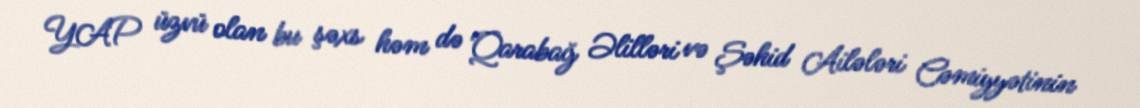
YAP üzvü olan bu şəxs həm də Qarabağ Əlilləri və Şəhid Ailələri Cəmiyyətinin